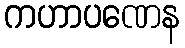
ကဟာပဏေန